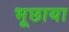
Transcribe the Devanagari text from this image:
भूछाया